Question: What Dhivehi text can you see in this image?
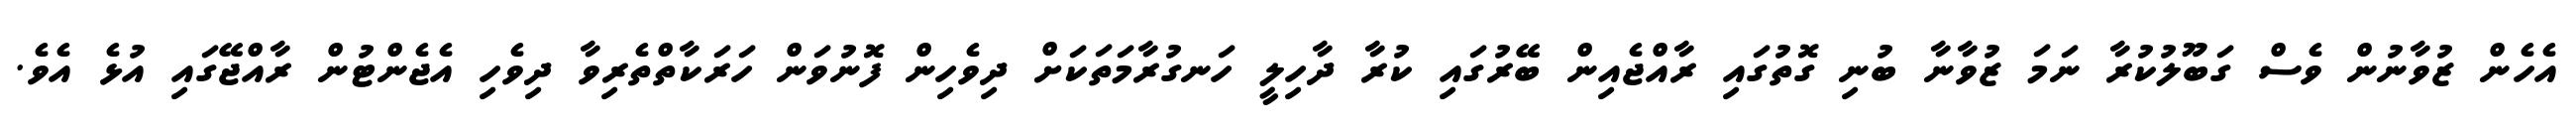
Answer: އެހެން ޒުވާނުން ވެސް ގަބޫލުކުރާ ނަމަ ޒުވާނާ ބުނި ގޮތުގައި ރާއްޖެއިން ބޭރުގައި ކުރާ ދާހިލީ ހަނގުރާމަތަކަށް ދިވެހިން ފޮނުވަން ހަރަކާތްތެރިވާ ދިވެހި އެޖެންޓުން ރާއްޖޭގައި އުޅެ އެވެ.